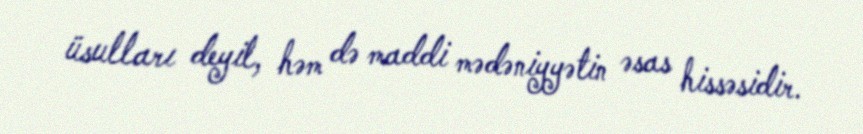
üsulları deyil, həm də maddi mədəniyyətin əsas hissəsidir.